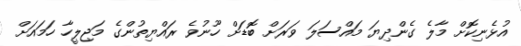
އުޅެނިކޮށް މާލެ ގެންދިޔަ މައްސަލަ ވަރަށް ބޮޑަށް ހޫނުވެ ރައްޔިތުންގެ މަޖިލީހާ ހަމައަށް